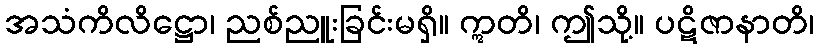
အသံကိလိဋ္ဌော၊ ညစ်ညူးခြင်းမရှိ။ ဣတိ၊ ဤသို့။ ပဋိဇာနာတိ၊